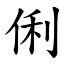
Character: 俐